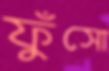
ফুঁসো